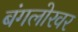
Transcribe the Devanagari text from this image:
बंगलोरवर